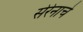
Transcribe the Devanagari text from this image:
सेरेनाचे